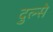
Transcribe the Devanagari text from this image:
दुल्से